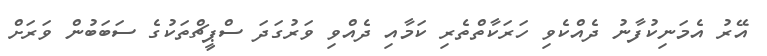
އޭރު އެމަނިކުފާނު ދެއްކެވި ހަރަކާތްތެރި ކަމާއި ދެއްވި ވަރުގަދަ ސްޕީޗްތަކުގެ ސަބަބުން ވަރަށް